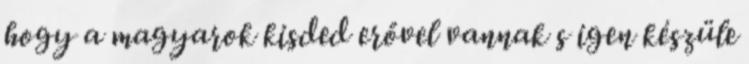
hogy a magyarok kisded erővel vannak s igen készüle